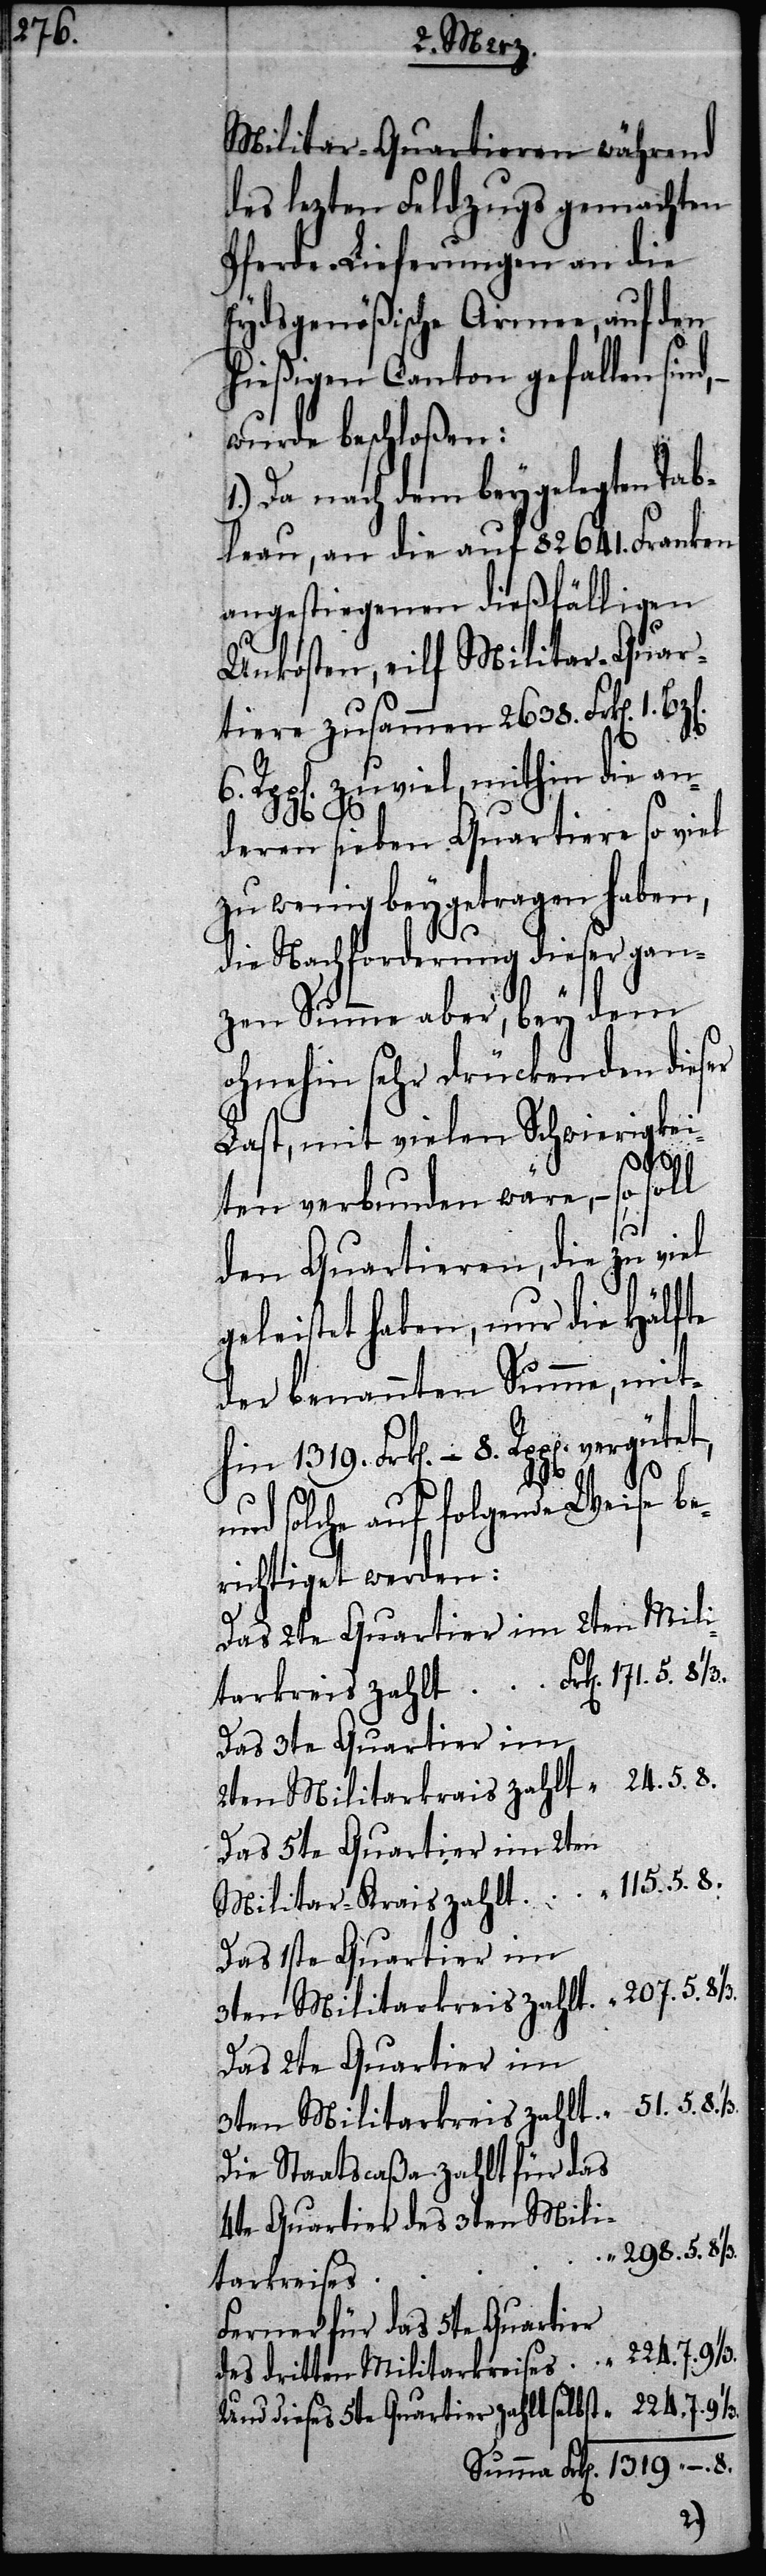
Militar-Quartieren während
des lezten Feldzugs gemachten
Pferde-Lieferungen an die
Eydsgenößische Armee, auf den
hießigen Canton gefallen sin¬
wurde beschloßen:
1.) Da nach dem beygelegten Tab¬
leau, an die auf 82641. Franken
angestiegenen dießfälligen
Unkosten, eilf Militar-Quar¬
24.5.8.
tiere zusammen 2638.
p[en]. zu viel, mithin die an¬
des
“
deren sieben Quartiere so viel
zu wenig beygetragen haben,
die Nachforderung dieser gan¬
zen Summe aber, bey dem
ohnehin sehr drückenden dieser
Last, mit vielen Schwierigkei¬
ten verbunden wäre, – so
den Quartieren die zu viel
geleistet haben, nur die Hälfte
der benannten Summe, mit¬
hin 1319. Frk[en].
nd solche auf folgende Weise be¬
richtiget werden:
Das 2te Quartier im 3ten
115.5.8.
Militarkreis zahlt
Die Staatscaßa zahlt für das
4te Quartier des 3ten Mili¬
tarkreises
Ferner für das 5te Quartier
Und dieses 5te Quartier zahlt selbst
“